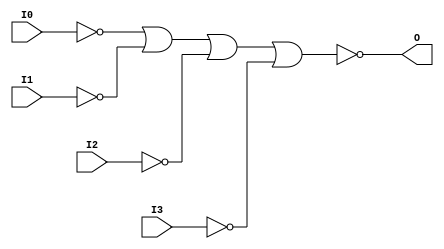
module NOR4B4 (O, I0, I1, I2, I3);

    output O;

    input  I0, I1, I2, I3;

    wire i0_inv;
    wire i1_inv;
    wire i2_inv;
    wire i3_inv;

    not N3 (i3_inv, I3);
    not N2 (i2_inv, I2);
    not N1 (i1_inv, I1);
    not N0 (i0_inv, I0);
    nor O1 (O, i0_inv, i1_inv, i2_inv, i3_inv);


endmodule